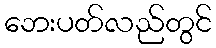
ဘေးပတ်လည်တွင်